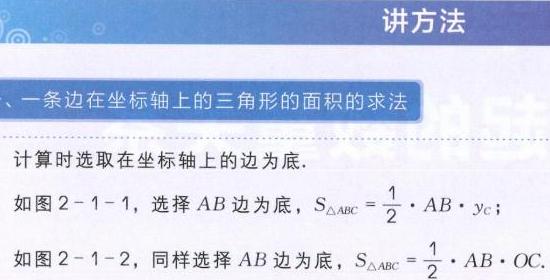
### 讲方法
#### 一、一条边在坐标轴上的三角形的面积的求法
计算时选取在坐标轴上的边为底.
如图2 - 1 - 1，选择\(AB\)边为底，\(S_{\triangle ABC}=\frac{1}{2}\cdot AB\cdot y_{C}\)；
如图2 - 1 - 2，同样选择\(AB\)边为底，\(S_{\triangle ABC}=\frac{1}{2}\cdot AB\cdot OC\).